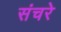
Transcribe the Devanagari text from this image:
संचरे